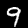
Digit: 9